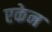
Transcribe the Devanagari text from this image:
एकेन